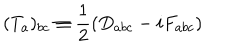
LaTeX: ( T _ { a } ) _ { b c } \equiv \frac { 1 } { 2 } ( D _ { a b c } - i F _ { a b c } )